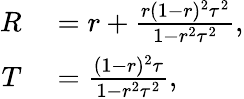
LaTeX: \begin{array}{rl}{R}&{{}=r+\frac{r(1-r)^{2}\tau^{2}}{1-r^{2}\tau^{2}},}\\ {T}&{{}=\frac{(1-r)^{2}\tau}{1-r^{2}\tau^{2}},}\end{array}